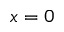
x = 0